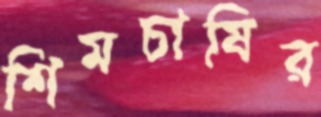
শিমচাষির